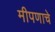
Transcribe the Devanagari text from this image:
मीपणाचे